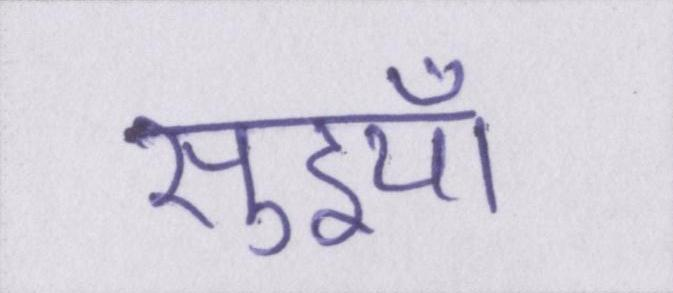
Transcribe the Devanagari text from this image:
सुइयाँ